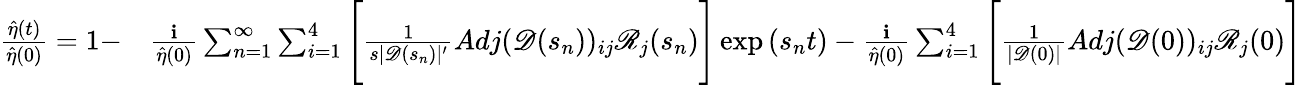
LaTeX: \begin{array}{rl}{\frac{\hat{\eta}(t)}{\hat{\eta}(0)}=1-}&{\frac{\textbf{i}}{\hat{\eta}(0)}\sum_{n=1}^{\infty}\sum_{i=1}^{4}\Bigg[\frac{1}{s|\mathscr{D}(s_{n})|^{\prime}}Adj(\mathscr{D}(s_{n}))_{ij}\mathscr{R}_{j}(s_{n})\Bigg]\exp{(s_{n}t)}-\frac{\textbf{i}}{\hat{\eta}(0)}\sum_{i=1}^{4}\Bigg[\frac{1}{|\mathscr{D}(0)|}Adj(\mathscr{D}(0))_{ij}\mathscr{R}_{j}(0)\Bigg]}\end{array}